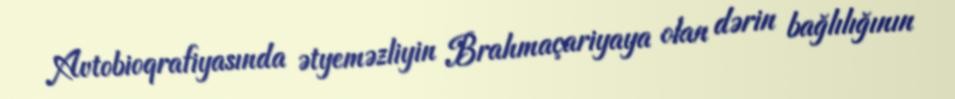
Avtobioqrafiyasında ətyeməzliyin Brahmaçariyaya olan dərin bağlılığının